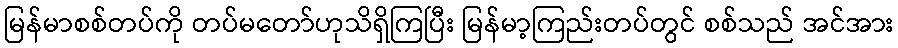
မြန်မာစစ်တပ်ကို တပ်မတော်ဟုသိရှိကြပြီး မြန်မာ့ကြည်းတပ်တွင် စစ်သည် အင်အား